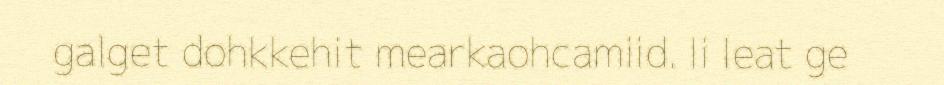
galget dohkkehit mearkaohcamiid. Ii leat ge